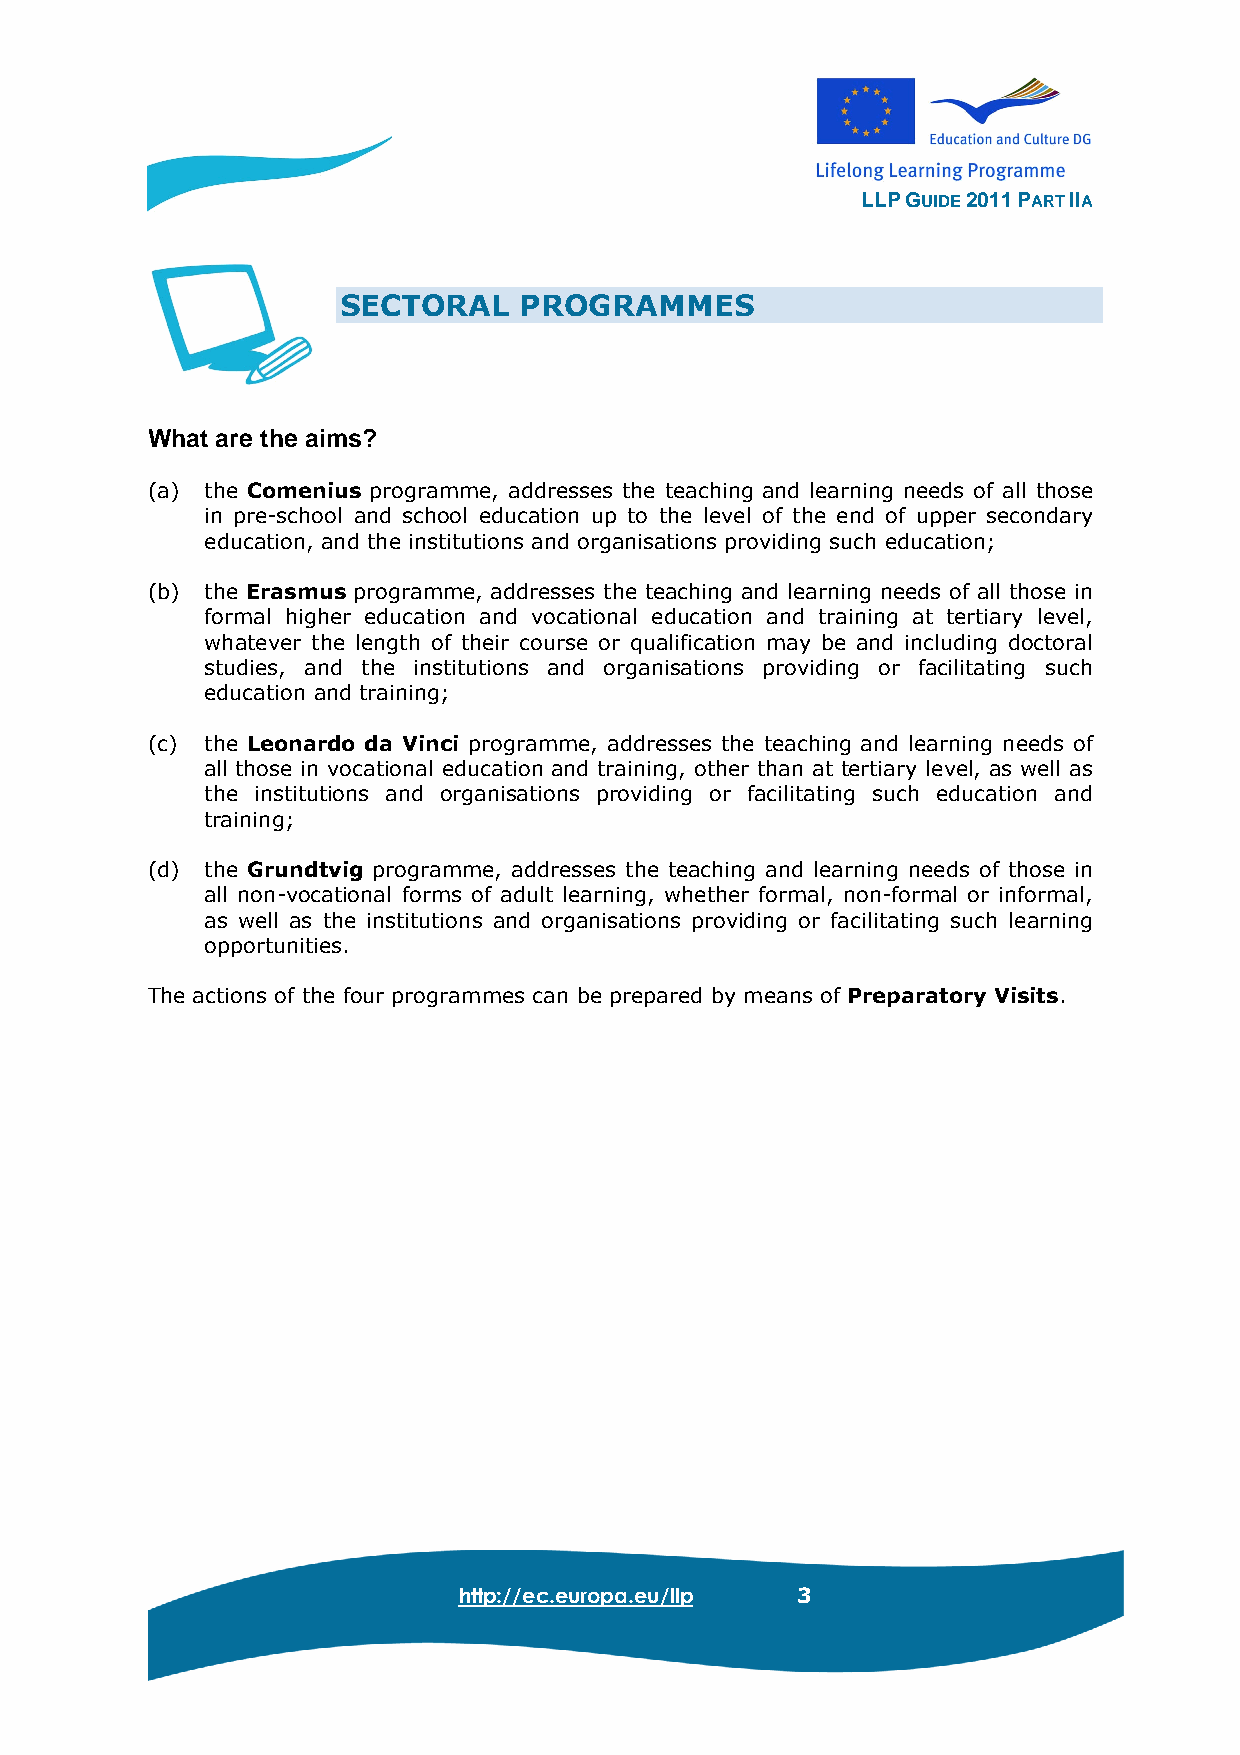
LLP GUIDE 2011 PART IIA
 SECTORAL   PROGRAMMES
 What are the aims?
 (a) the Comenius programme, addresses the teaching and learning needs of all those
 in pre-school and school education up to the level of the end of upper secondary
 education, and the institutions and organisations providing such education;
 (b) the Erasmus programme, addresses the teaching and learning needs of all those in
 formal higher education and vocational education and training at tertiary level,
 whatever the length of their course or qualification may be and including doctoral
 studies, and the institutions and organisations providing or facilitating such
 education and training;
 (c) the Leonardo da Vinci programme, addresses the teaching and learning needs of
 all those in vocational education and training, other than at tertiary level, as well as
 the institutions and organisations providing or facilitating such education and
 training;
 (d) the Grundtvig programme, addresses the teaching and learning needs of those in
 all non-vocational forms of adult learning, whether formal, non-formal or informal,
 as well as the institutions and organisations providing or facilitating such learning
 opportunities.
 The actions of the four programmes can be prepared by means of Preparatory Visits.
 http://ec.europa.eu/llp 3